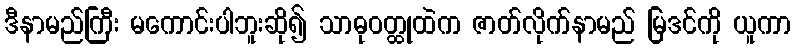
ဒီနာမည်ကြီး မကောင်းပါဘူးဆို၍ သာဓုဝတ္ထုထဲက ဇာတ်လိုက်နာမည် မြဒင်ကို ယူကာ